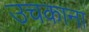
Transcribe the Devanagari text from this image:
उचकाना